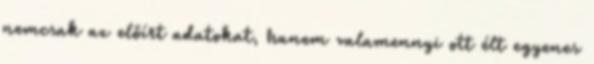
nemcsak az előírt adatokat, hanem valamennyi ott élt egyenes